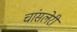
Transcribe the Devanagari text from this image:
चांसलेरी